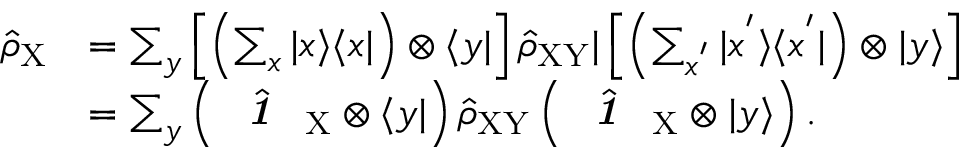
\begin{array} { r l } { \hat { \rho } _ { \mathrm { X } } } & { = \sum _ { y } \left[ \left( \sum _ { x } | x \rangle \langle x | \right) \otimes \langle y | \right] \hat { \rho } _ { \mathrm { X Y } } | \left[ \left( \sum _ { x ^ { ' } } | x ^ { ' } \rangle \langle x ^ { ' } | \right) \otimes | y \rangle \right] } \\ & { = \sum _ { y } \left( \hat { \textbf { \textit { 1 } } \, } _ { \! \mathrm { X } } \otimes \langle y | \right) \hat { \rho } _ { \mathrm { X Y } } \left( \hat { \textbf { \textit { 1 } } \, } _ { \! \mathrm { X } } \otimes | y \rangle \right) . } \end{array}